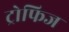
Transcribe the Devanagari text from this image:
ट्रोफिज